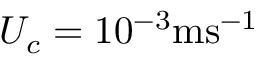
U _ { c } = 1 0 ^ { - 3 } \mathrm { m s ^ { - 1 } }